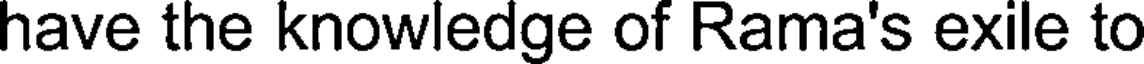
have the knowledge of Rama's exile to